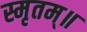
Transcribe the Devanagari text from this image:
स्मृतम्॥